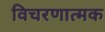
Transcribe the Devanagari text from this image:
विचरणात्मक